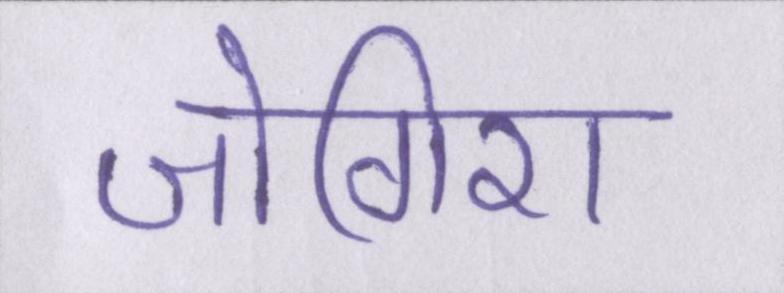
जोगिरा